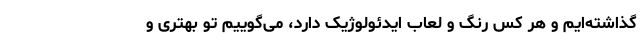
گذاشته‌ایم و هر کس رنگ و لعاب ایدئولوژیک دارد، می‌گوییم تو بهتری و